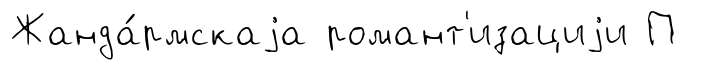
Жанда́рмскаjа романт'изациjи П